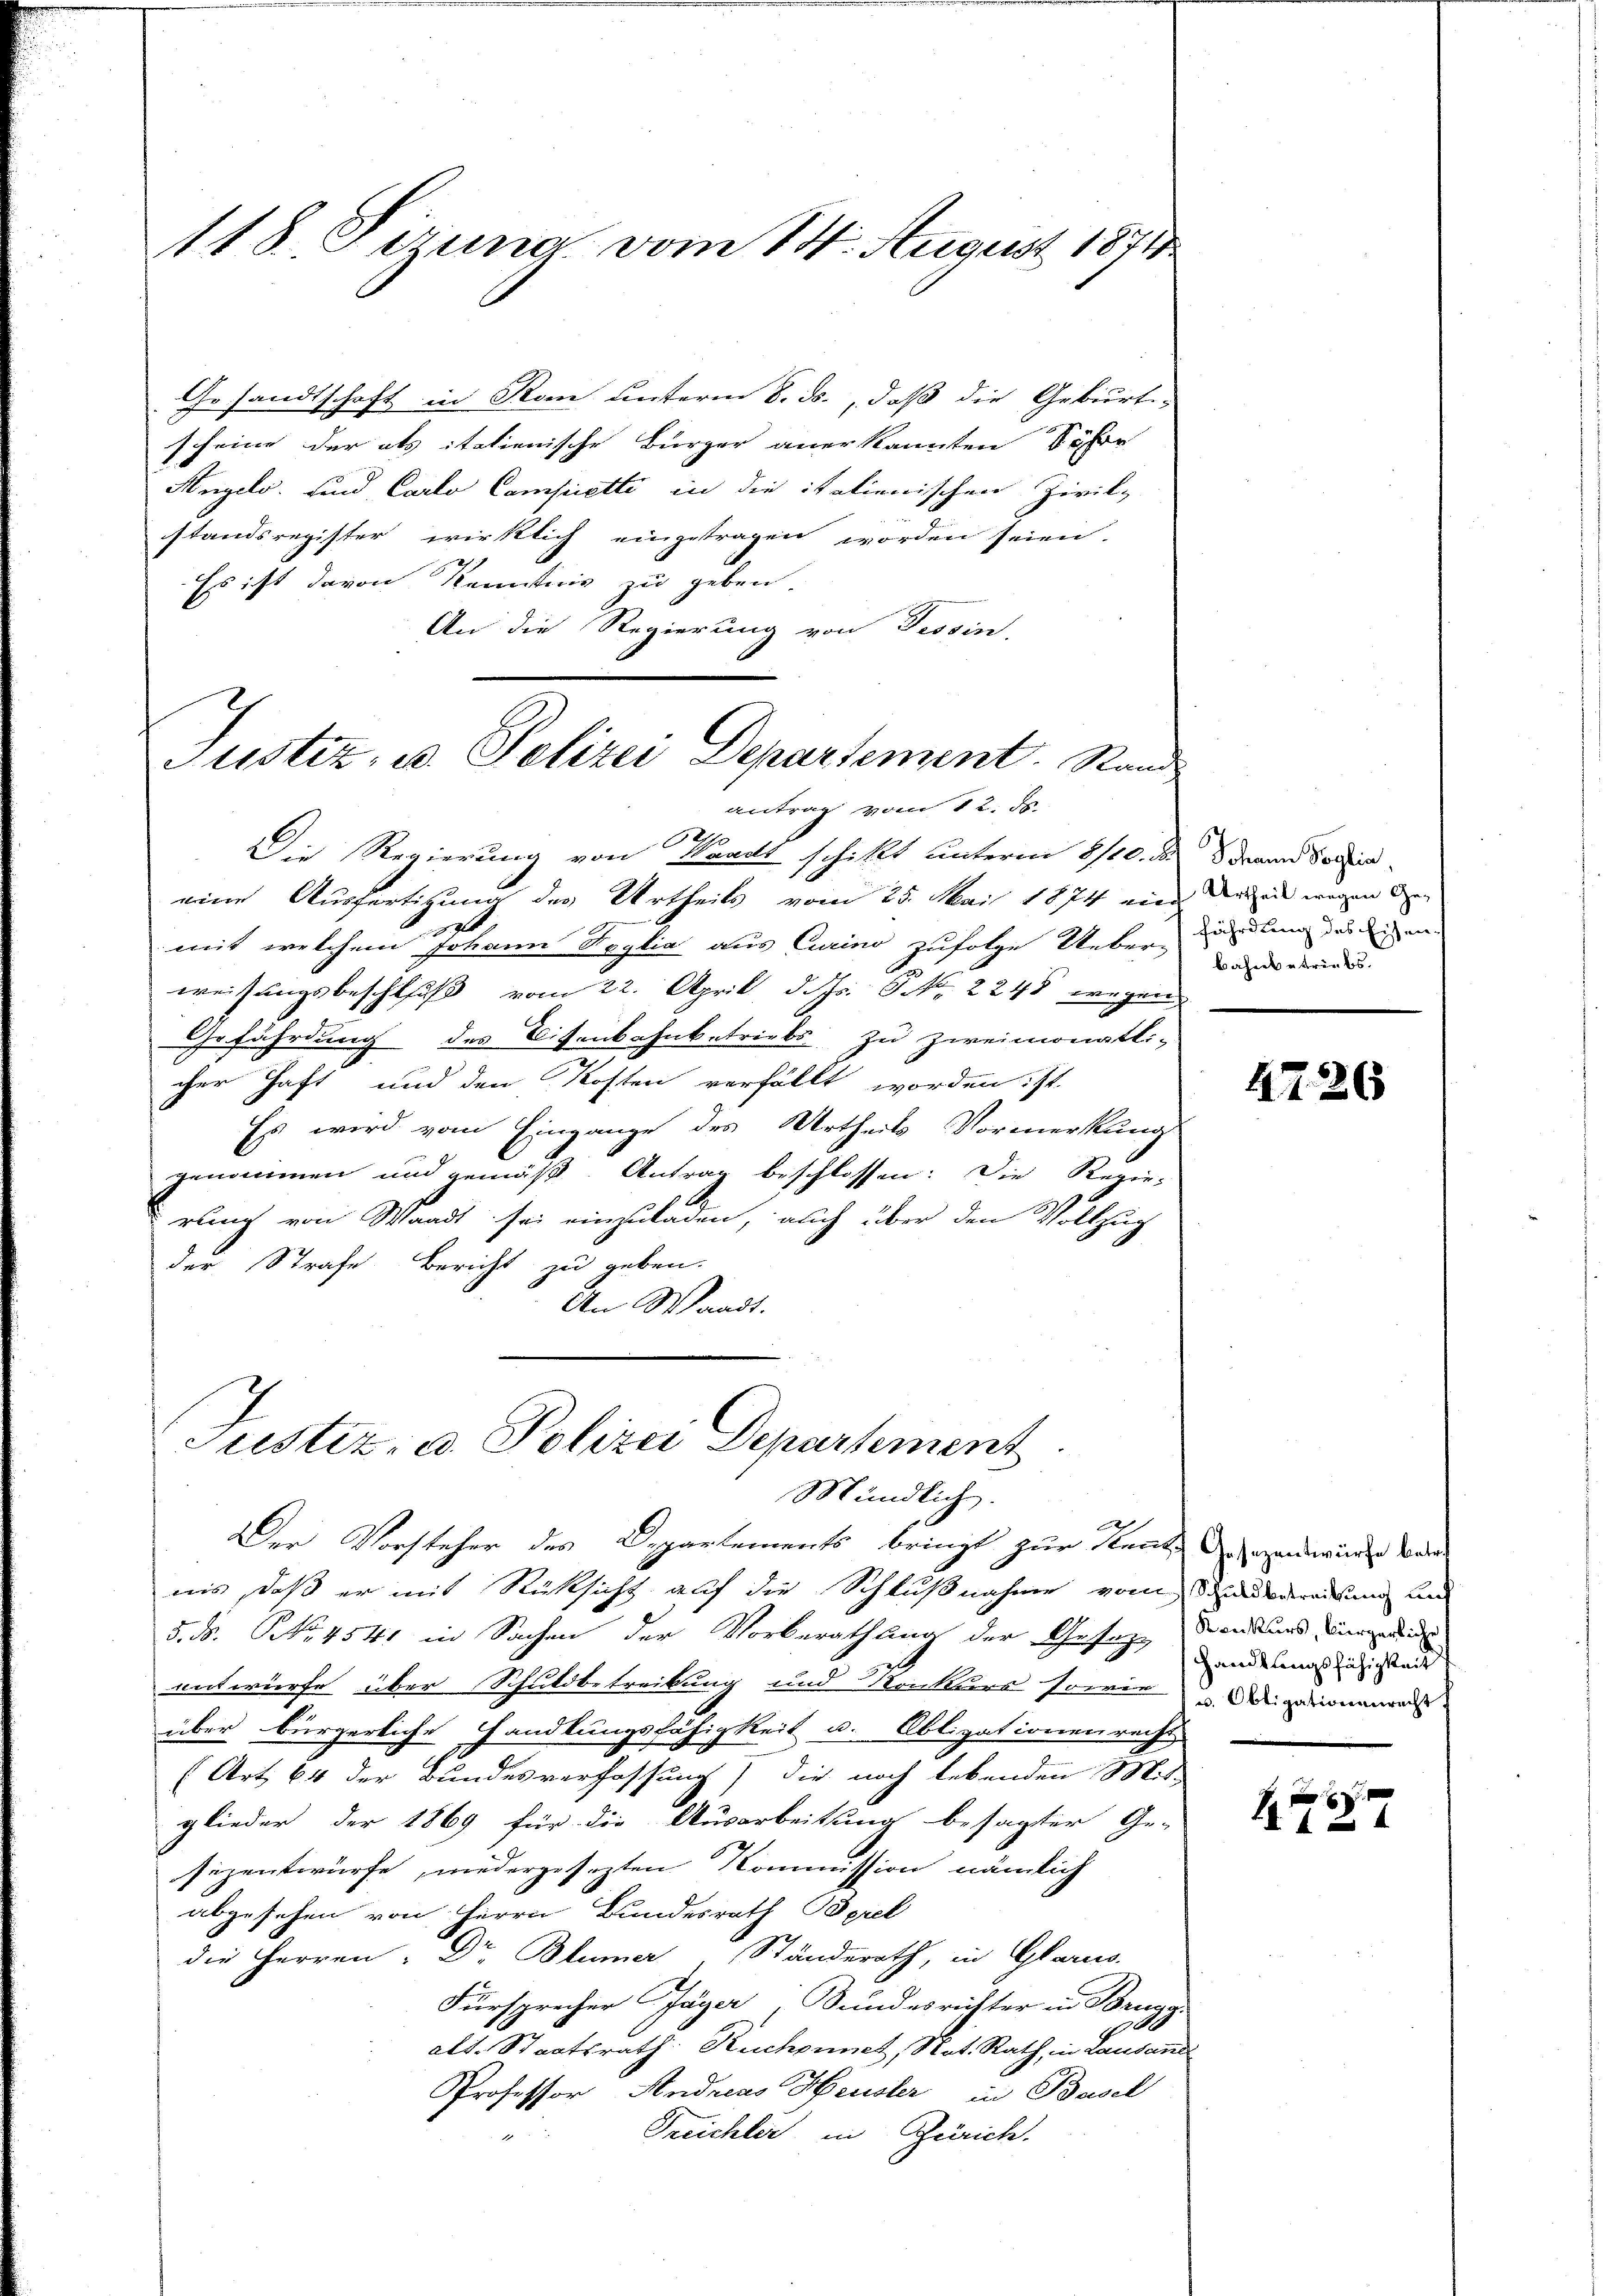
118. Oczuna vom 14. August 1871

Gesandtschaft in Kan unterm 8. ds., daß die Geburti-
scheine der als italienische Bürger anerkannten Schre
Angelo. und Carlo Campietti in die italienischen Zivil-
standsregister wirklich eingetragen worden seien.
Es ist davon Kenntnis zu geben.
An die Regierung von Tessin,
antrag vom 12. ds.
Die Regierung von Waadt schickt unterm 8/10. der Freund Freieine Ausfertigung des Urtheils vom 25. Mai 1874 eine drei wegen de
et
mit welchem Johann Voglia aus Curino zufolge Ueber, wiedlung des die an-
weisungsbeschluß vom 22. April d. dh. P. Nr. 2248 wegen
Gefährdung des Eisenbahnbetriebs zu zweimonatli-
cher Haft und den Kosten verfällt worden: St.
Es wird vom Eingange des Urtheils Vormerkung
genommen und gemäß. Antrag beschlossen: Die Regierung von Waadt sei einzuladen, auch über den Vollzug
der Strafe Bericht zu geben.
An Waadt.
Justiz- u. Polizei Departement
Mündlich.
a
Der Vorsteher des Departements bringt zur Stand gegenswürden werde
nis, daß er mit Rücksicht auf die Schlußnahme vom Streitung und
5. ds. NNo. 4541 in Sachen der Vorberathung der Gesage denkend und i
entwurfe über Schuldbetreibung und Konkurs sowie Aligationenre
über bürgerliche Handlungsfähigkeit u. Obligationenrecht
(Art. 64 der Bundesverfassung) die noch lebenden Mit-
glieder der 1869 für die Ausarbeitung besagter Ge-
sezentwürfe, niedergesezten Kommission nämlich
abgesehen von Herrn Bundesrath Berel
die Herren Dr Blümer, Ständerath, in Glarus.
Fürsprecher Jäger Bundesrichter in Brugg
4
alt. Staatsrath Ruchpinet, Not. Rath, in Lausan
Professor Andreas Heusler in Basel
Treichler in Zürich.

Justiz, u. Polizei Departement. Rand

bahnbetriebs

4726

Handlungsfähigkeit

14